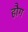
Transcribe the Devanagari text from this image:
हौग